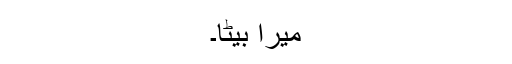
میرا بیٹا۔